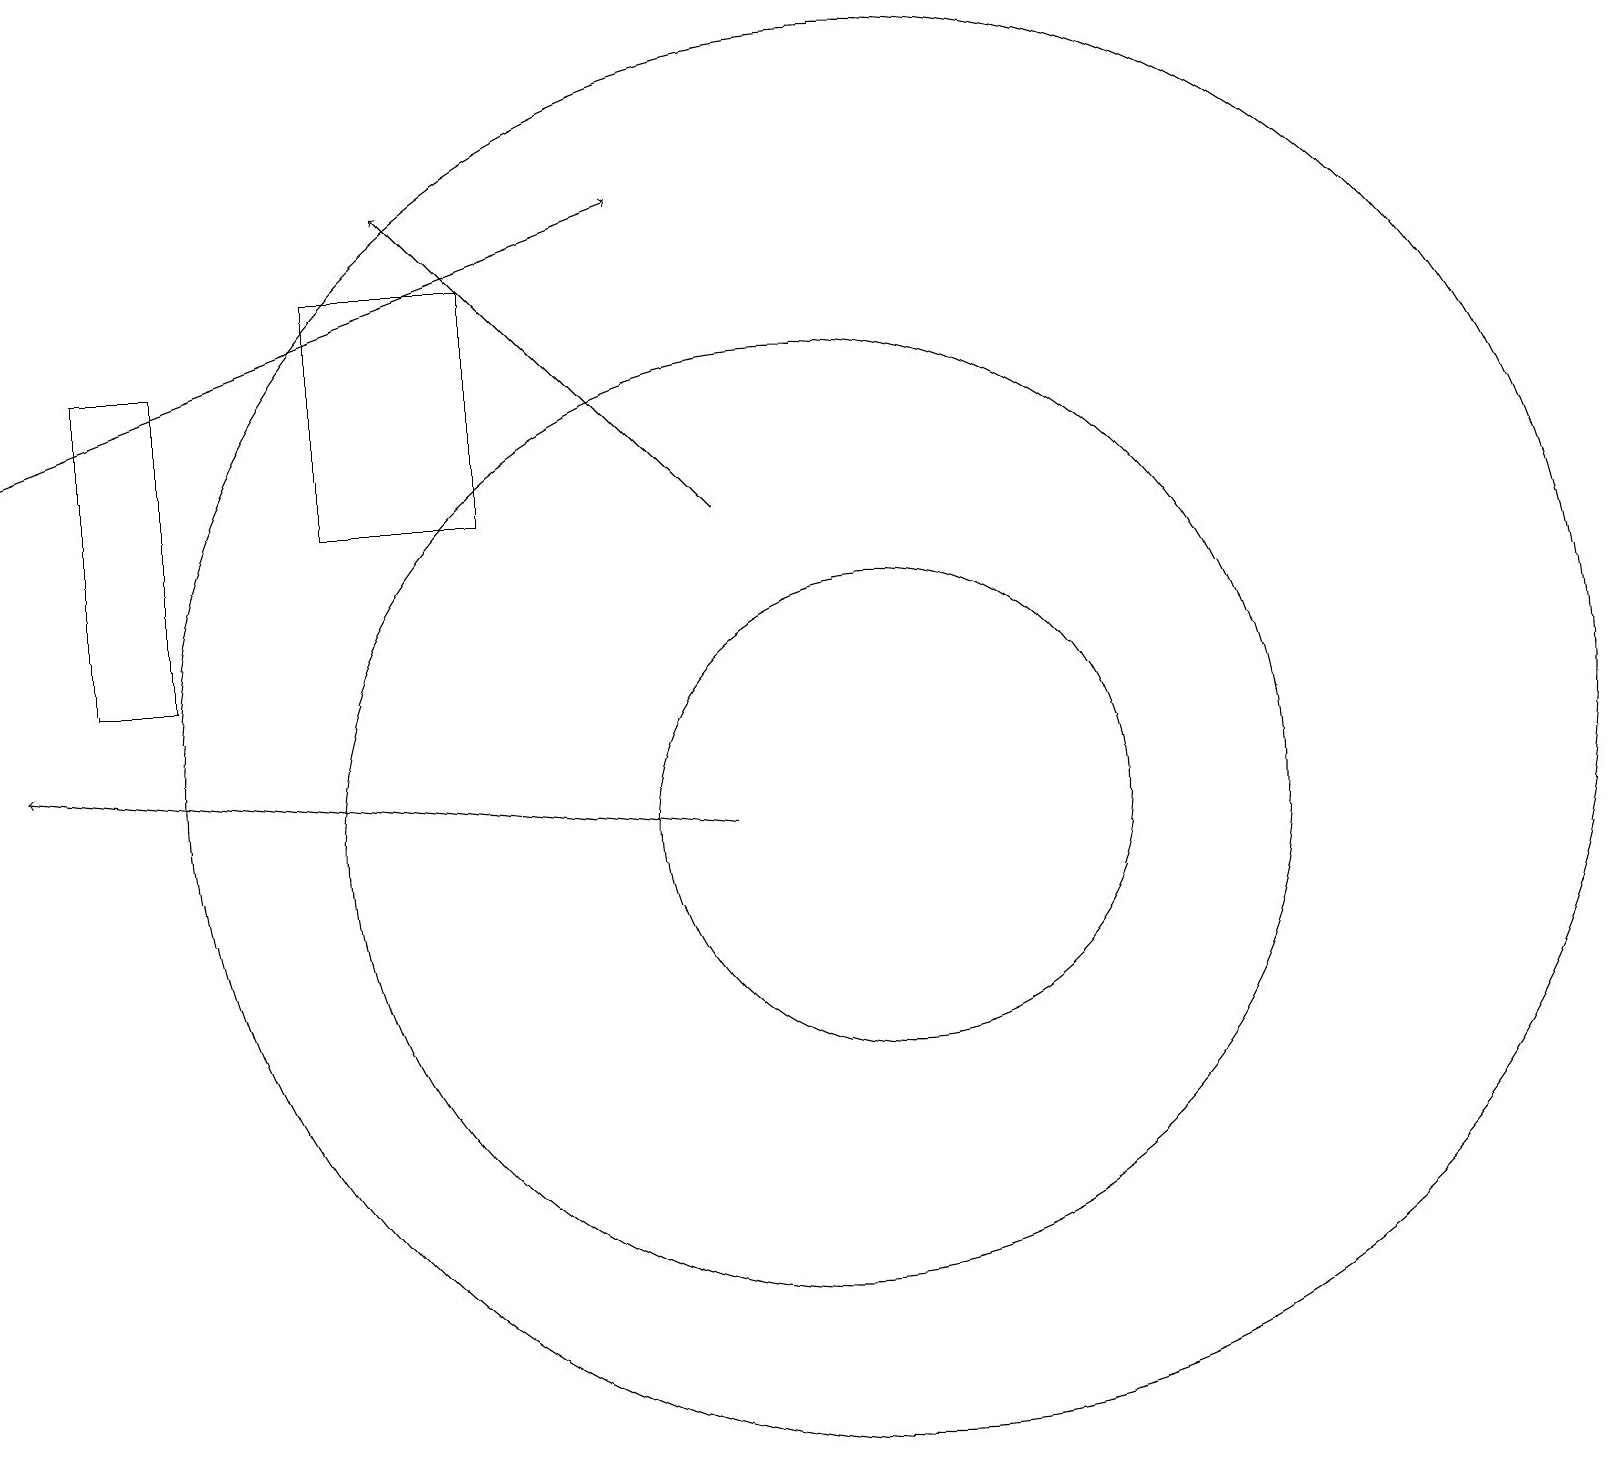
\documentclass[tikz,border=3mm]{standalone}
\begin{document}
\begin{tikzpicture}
\draw (6,17) rectangle (4,14);
\draw (11,11) circle (9);
\draw (10,10) circle (6);
\draw[->] (9,10) -- (0,11);
\draw[->] (9,14) -- (5,18);
\draw (1,12) rectangle (2,16);
\draw (11,10) circle (3);
\draw[->] (0,15) -- (8,18);
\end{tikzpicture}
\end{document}